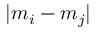
| m _ { i } - m _ { j } |